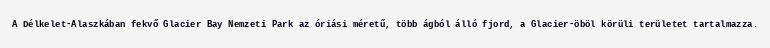
A Délkelet-Alaszkában fekvő Glacier Bay Nemzeti Park az óriási méretű, több ágból álló fjord, a Glacier-öböl körüli területet tartalmazza.